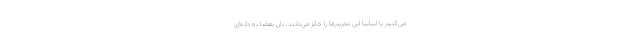
می‌کنیم یا اساسا این تحریم‌ها را جایز می‌دانند. نان بعضا به دانه‌ای